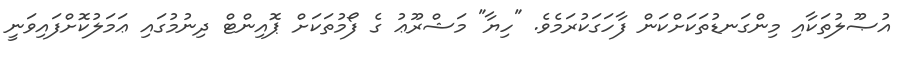
އުޞޫލުތަކާއި މިންގަނޑުތަކަށްކަން ފާހަގަކުރަމެވެ. "ހިޔާ" މަޝްރޫޢު ގެ ފޯމުތަކަށް ޕޮއިންޓް ދިނުމުގައި ޢަމަލުކޮށްފައިވަނީ